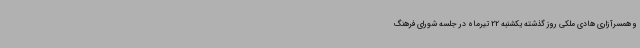
و همسرآزاری هادی ملکی روز گذشته یکشنبه 22 تیرماه در جلسه شورای فرهنگ